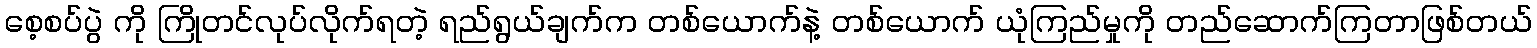
စေ့စပ်ပွဲ ကို ကြိုတင်လုပ်လိုက်ရတဲ့ ရည်ရွယ်ချက်က တစ်ယောက်နဲ့ တစ်ယောက် ယုံကြည်မှုကို တည်ဆောက်ကြတာဖြစ်တယ်